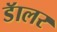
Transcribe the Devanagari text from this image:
डॅालर